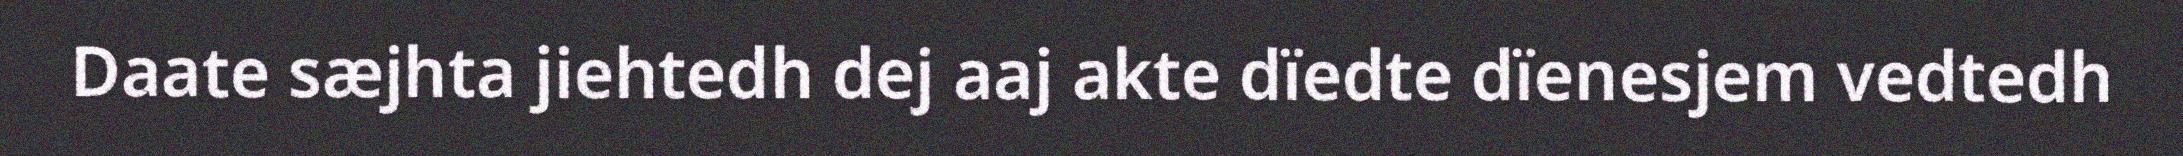
Daate sæjhta jiehtedh dej aaj akte dïedte dïenesjem vedtedh